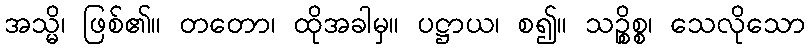
အသ္မိ၊ ဖြစ်၏။ တတော၊ ထိုအခါမှ။ ပဋ္ဌာယ၊ စ၍။ သဉ္စိစ္စ၊ သေလိုသော